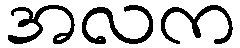
အလက